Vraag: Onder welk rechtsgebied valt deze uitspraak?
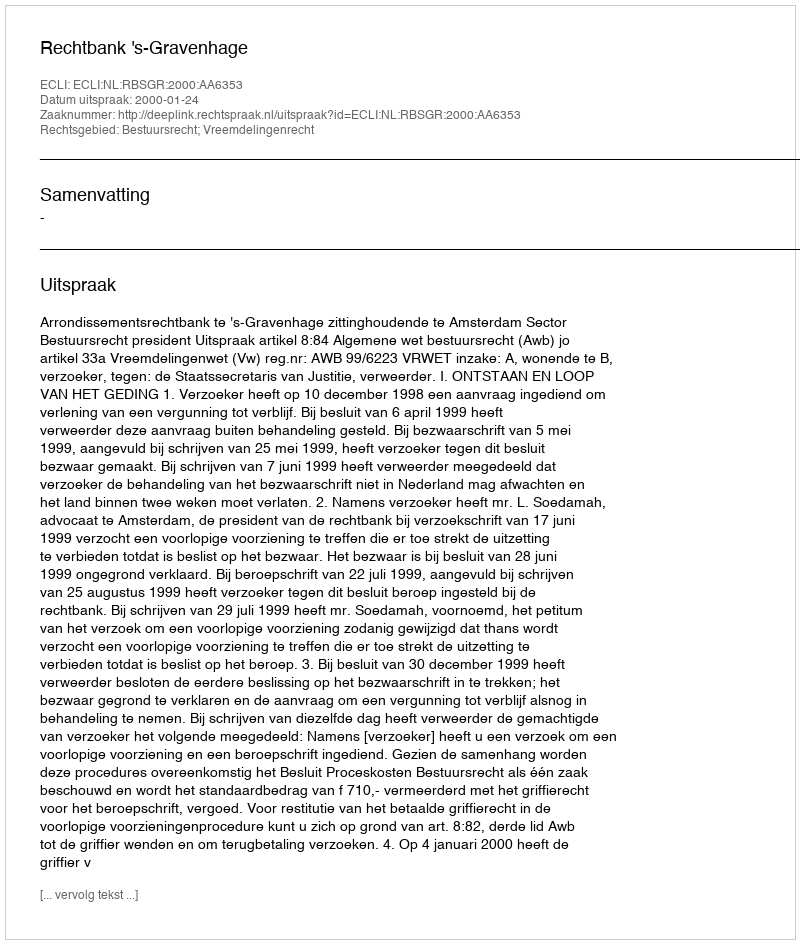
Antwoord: Bestuursrecht; Vreemdelingenrecht